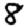
Digit: 8